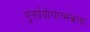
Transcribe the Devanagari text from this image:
पुनर्प्रयोगात्मकता